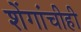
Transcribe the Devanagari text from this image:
शेंगांचीही